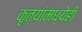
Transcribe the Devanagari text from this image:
कृत्यांमध्येही